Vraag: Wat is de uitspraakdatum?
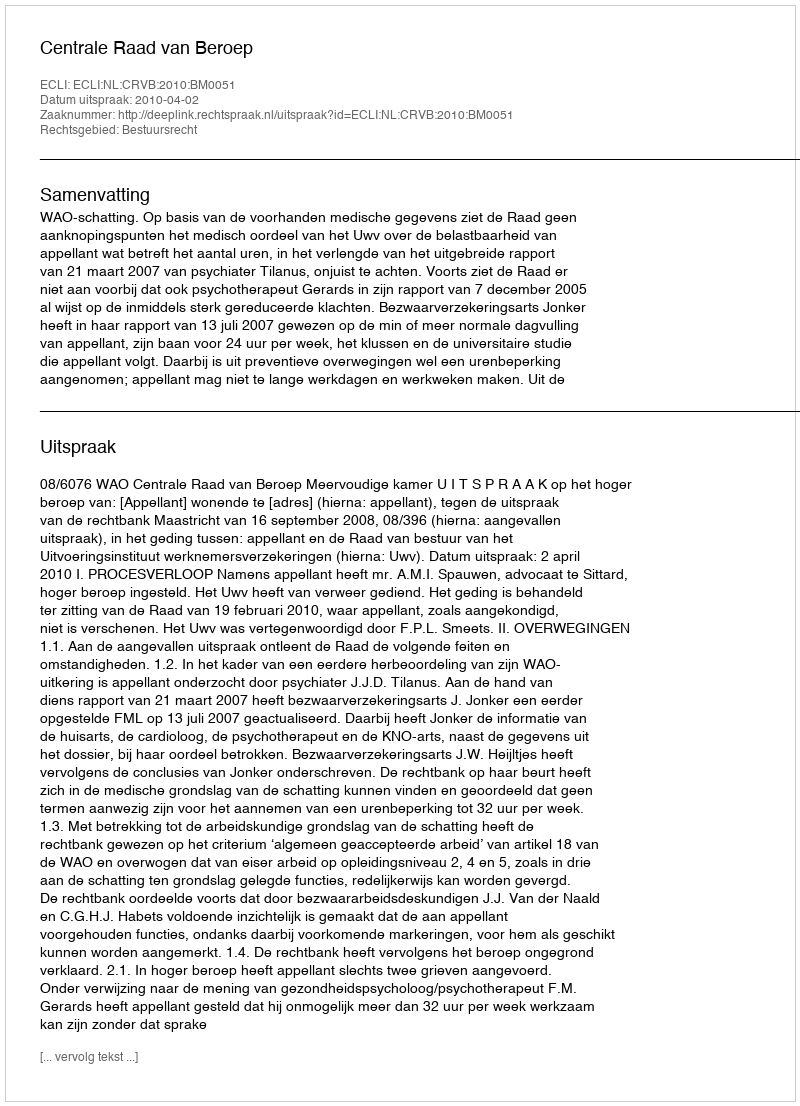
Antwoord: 2010-04-02